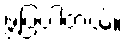
ဖွဲ့ပြပါတယ်။